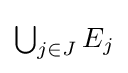
{\textstyle \bigcup _{j\in J}E_{j}}